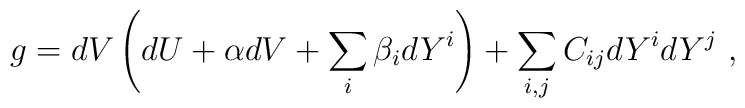
g = dV \left(dU + \alpha dV + \sum_i \beta_i dY^i\right) +  \sum_{i,j} C_{ij} dY^i dY^j~,